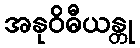
အနုဝိဓီယန္တု